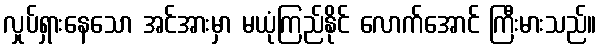
လှုပ်ရှားနေသော အင်အားမှာ မယုံကြည်နိုင် လောက်အောင် ကြီးမားသည်။